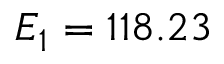
E _ { 1 } = 1 1 8 . 2 3